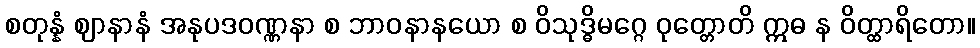
စတုန္နံ ဈာနာနံ အနုပဒဝဏ္ဏနာ စ ဘာဝနာနယော စ ဝိသုဒ္ဓိမဂ္ဂေ ဝုတ္တောတိ ဣဓ န ဝိတ္ထာရိတော။